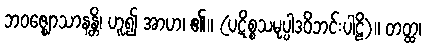
ဘဝဇ္ဈောသာနန္တိ၊ ဟူ၍ အာဟ၊ ၏။ (ပဋိစ္စသမုပ္ပါဒဝိဘင်းပါဠိ)။ တတ္ထ၊